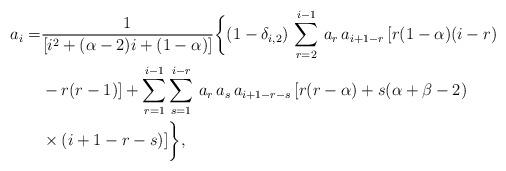
LaTeX: \begin{align*}a_{i}=&\frac{1}{[i^2+(\alpha-2)i+(1-\alpha)]}\bigg\{(1-\delta_{i,2})\,\sum_{r=2}^{i-1}\,a_{r}\,a_{i+1-r}\,[r(1-\alpha)(i-r)\\&-r(r-1)]+\sum_{r=1}^{i-1}\sum_{s=1}^{i-r}\,a_{r}\,a_{s}\,a_{i+1-r-s}\,[r(r-\alpha)+s(\alpha+\beta-2)\\&\times(i+1-r-s)]\bigg\},\end{align*}